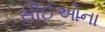
સીઈઓના